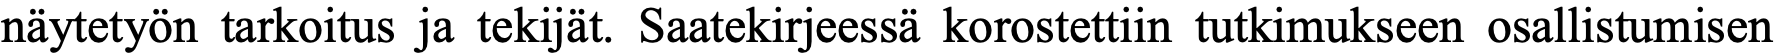
näytetyön tarkoitus ja tekijät. Saatekirjeessä korostettiin tutkimukseen osallistumisen